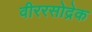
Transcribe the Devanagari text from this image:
वीररसोद्रेक